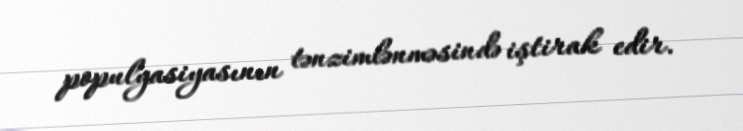
populyasiyasının tənzimlənməsində iştirak edir.